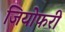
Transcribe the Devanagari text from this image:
जियोफरी